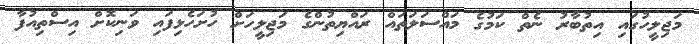
މަޖިލީހުގައި އިތުބާރު ނެތް ކަމުގެ މައްސަލަތައް ރައްޔިތުންގެ މަޖިލީހަށް ހުށަހެޅިފައި ވަނިކޮށް އިސްތިއުފާ